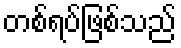
တစ်ရပ်ဖြစ်သည်